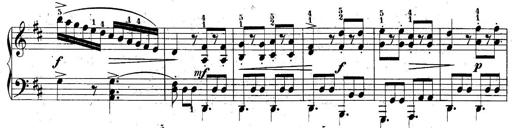
Title: 10 Sonatines progressives
Composer: Anton Schmoll